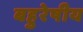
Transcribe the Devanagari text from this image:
बहुरेषीय